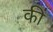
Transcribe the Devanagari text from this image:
की॑